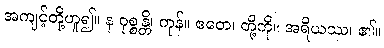
အကျင့်တို့ဟူ၍။ န ဝုစ္စန္တိ၊ ကုန်။ ဧတေ၊ တို့ကို။ အရိယဿ၊ ၏။